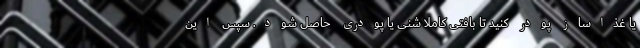
یا غذاساز پودر کنید تا بافتی کاملا شنی یا پودری حاصل شود. سپس این